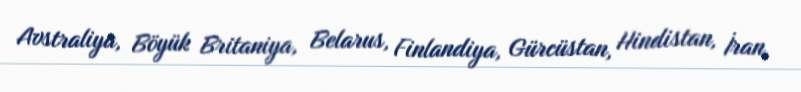
Avstraliya, Böyük Britaniya, Belarus, Finlandiya, Gürcüstan, Hindistan, İran,